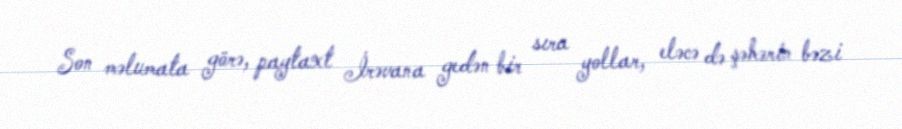
Son məlumata görə, paytaxt İrəvana gedən bir sıra yollar, eləcə də şəhərin bəzi